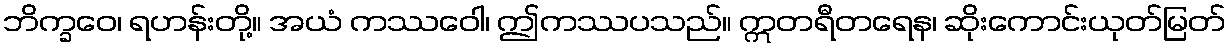
ဘိက္ခဝေ၊ ရဟန်းတို့။ အယံ ကဿဝေါ၊ ဤကဿပသည်။ ဣတရီတရေန၊ ဆိုးကောင်းယုတ်မြတ်